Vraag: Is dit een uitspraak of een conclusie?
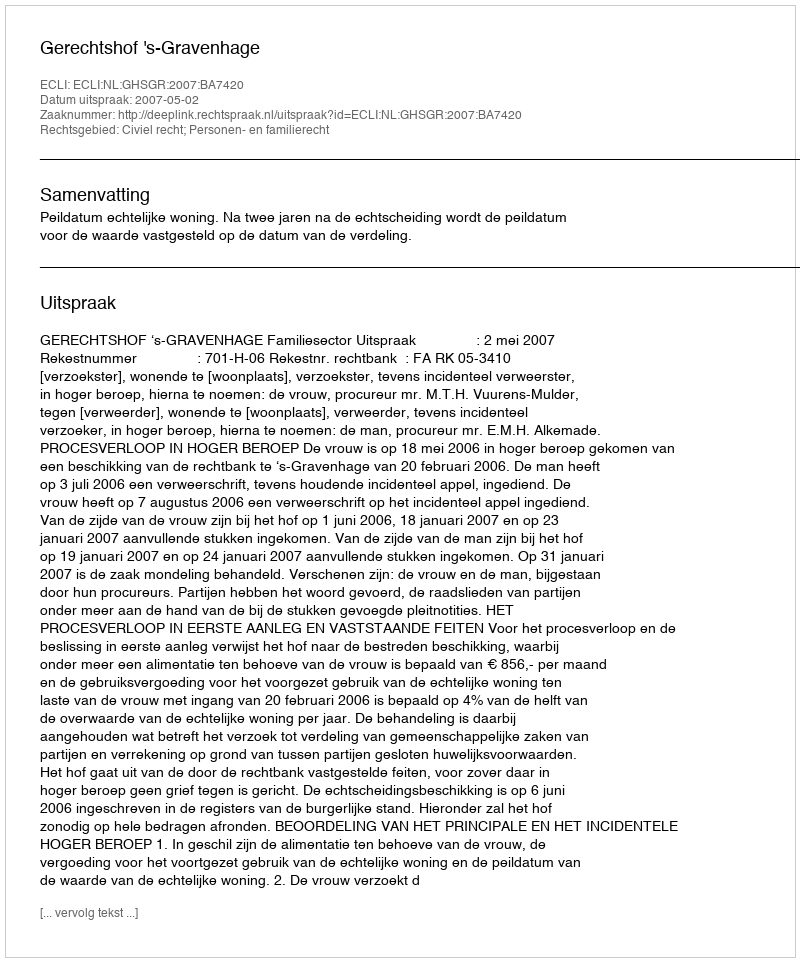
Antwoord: Uitspraak